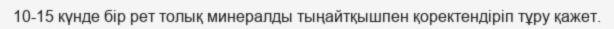
10-15 күнде бір рет толық минералды тыңайтқышпен қоректендіріп тұру қажет.